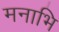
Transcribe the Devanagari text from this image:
मनाभि